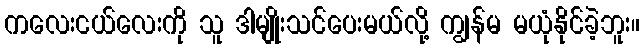
ကလေးငယ်လေးကို သူ ဒါမျိုးသင်ပေးမယ်လို့ ကျွန်မ မယုံနိုင်ခဲ့ဘူး။